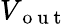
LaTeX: V_{\mathrm{~o~u~t~}}